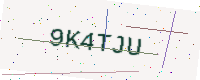
Text: 9K4TJU